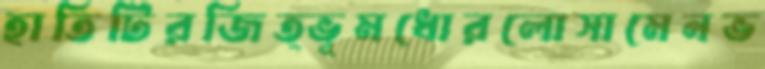
হাতিটিরজিত্ভূমধোরলোসামেনভ